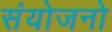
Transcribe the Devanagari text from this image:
संयोजनो